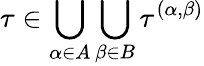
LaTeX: \tau\in\bigcup_{\alpha\in A}\bigcup_{\beta\in B}\tau^{(\alpha,\beta)}